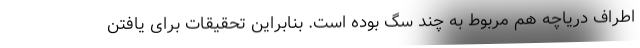
اطراف دریاچه هم مربوط به چند سگ بوده است. بنابراین تحقیقات برای یافتن